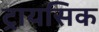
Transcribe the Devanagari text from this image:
ट्रायसिक